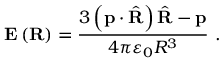
\mathbf { E } \left( \mathbf { R } \right) = { \frac { 3 \left( \mathbf { p } \cdot { \hat { \mathbf { R } } } \right) { \hat { \mathbf { R } } } - \mathbf { p } } { 4 \pi \varepsilon _ { 0 } R ^ { 3 } } } \ .